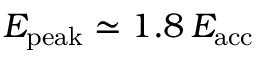
E _ { \mathrm { p e a k } } \simeq 1 . 8 \, E _ { \mathrm { a c c } }